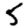
Digit: 5